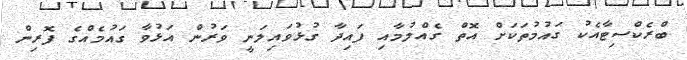
ބްރެކްސިޓާއެކު ގައުމުތަކަށް އޮތް ގެއްލުމާއި ފައިދާ ގުޅުވައިލަނީ ވަރުން އަޅުވާ ގައުމެއްގެ ފޮރިން